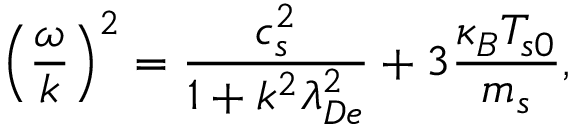
\left( \frac { \omega } { k } \right) ^ { 2 } = \frac { c _ { s } ^ { 2 } } { 1 + k ^ { 2 } \lambda _ { D e } ^ { 2 } } + 3 \frac { \kappa _ { B } T _ { s 0 } } { m _ { s } } ,